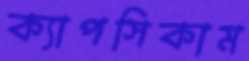
ক্যাপসিকাম